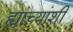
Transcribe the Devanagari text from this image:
ह्यांच्यांशी